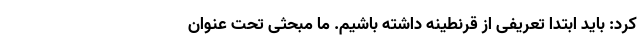
کرد: باید ابتدا تعریفی از قرنطینه داشته باشیم‌. ما مبحثی تحت عنوان